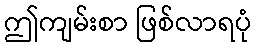
ဤကျမ်းစာ ဖြစ်လာရပုံ